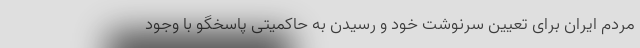
مردم ایران برای تعیین سرنوشت خود و رسیدن به حاکمیتی پاسخگو با وجود